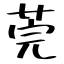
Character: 莞